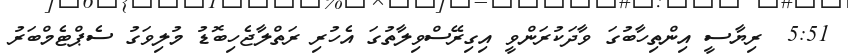
5:51  ރިޔާސީ އިންތިހާބުގަ ވާދަކުރަންވީ އިގިރޭސްވިލާތުގަ އެހުރި ރަތްލާޖެހިބޮޑު މުލިވަގު ސެޕްޓެމްބަރު